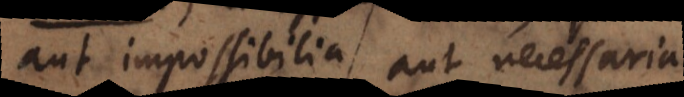
aut impossibilia aut necessaria